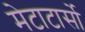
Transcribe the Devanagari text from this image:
मेटाटार्सो